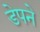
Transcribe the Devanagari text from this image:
डेपने